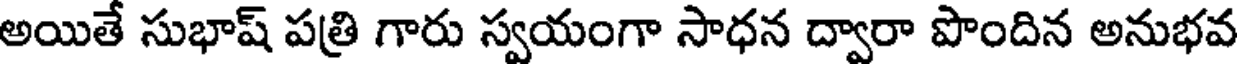
అయితే సుభాష్ పత్రి గారు స్వయంగా సాధన ద్వారా పొందిన అనుభవ